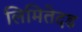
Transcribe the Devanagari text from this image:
लिमितेदड